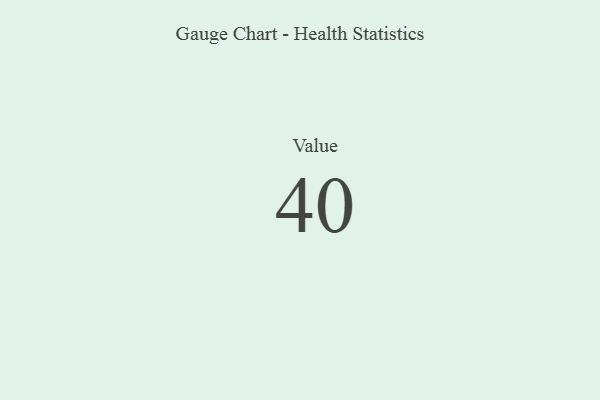
{"axis": {"x": "Metric", "y": "Value"}, "legend": [""], "data": [{"x": "Value", "y": 40, "type": ""}]}